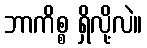
ဘာကိစ္စ ရှိလို့လဲ။